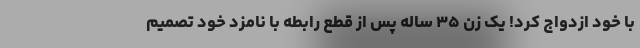
با خود ازدواج کرد! یک زن ۳۵ ساله پس از قطع رابطه با نامزد خود تصمیم